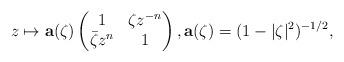
LaTeX: \begin{align*}z \mapsto \mathbf a(\zeta) \begin{pmatrix} 1&\zeta z^{-n}\\\bar{\zeta}z^n&1\end{pmatrix}, \mathbf a(\zeta)=(1-|\zeta|^2)^{-1/2},\end{align*}